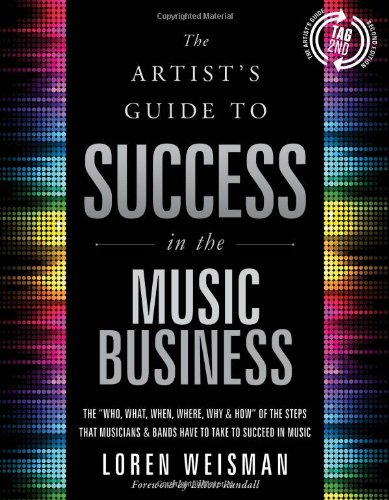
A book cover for The Artist's Guide to Success in the Music Business: The 'Who, What, When, Where, Why & How of the Steps That Musicians & Bands Have to Take to Succeed in Music; Loren Weisman; Arts & Photography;